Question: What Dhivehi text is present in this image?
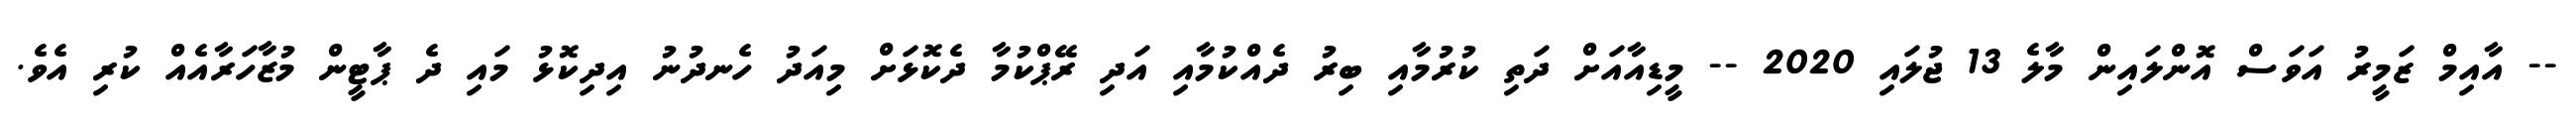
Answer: -- އާއިމް ޒަމީރު އަވަސް އޮންލައިން މާލެ 13 ޖުލައި 2020 -- މީޑިއާއަށް ދަތި ކުރުމާއި ބިރު ދެއްކުމާއި އަދި ރޭޕްކުމާ ދެކޮޅަށް މިއަދު ހެނދުނު އިދިކޮޅު މައި ދެ ޕާޓީން މުޒާހަރާއެއް ކުރި އެވެ.